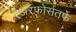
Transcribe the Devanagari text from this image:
एअरफोर्सतर्फे